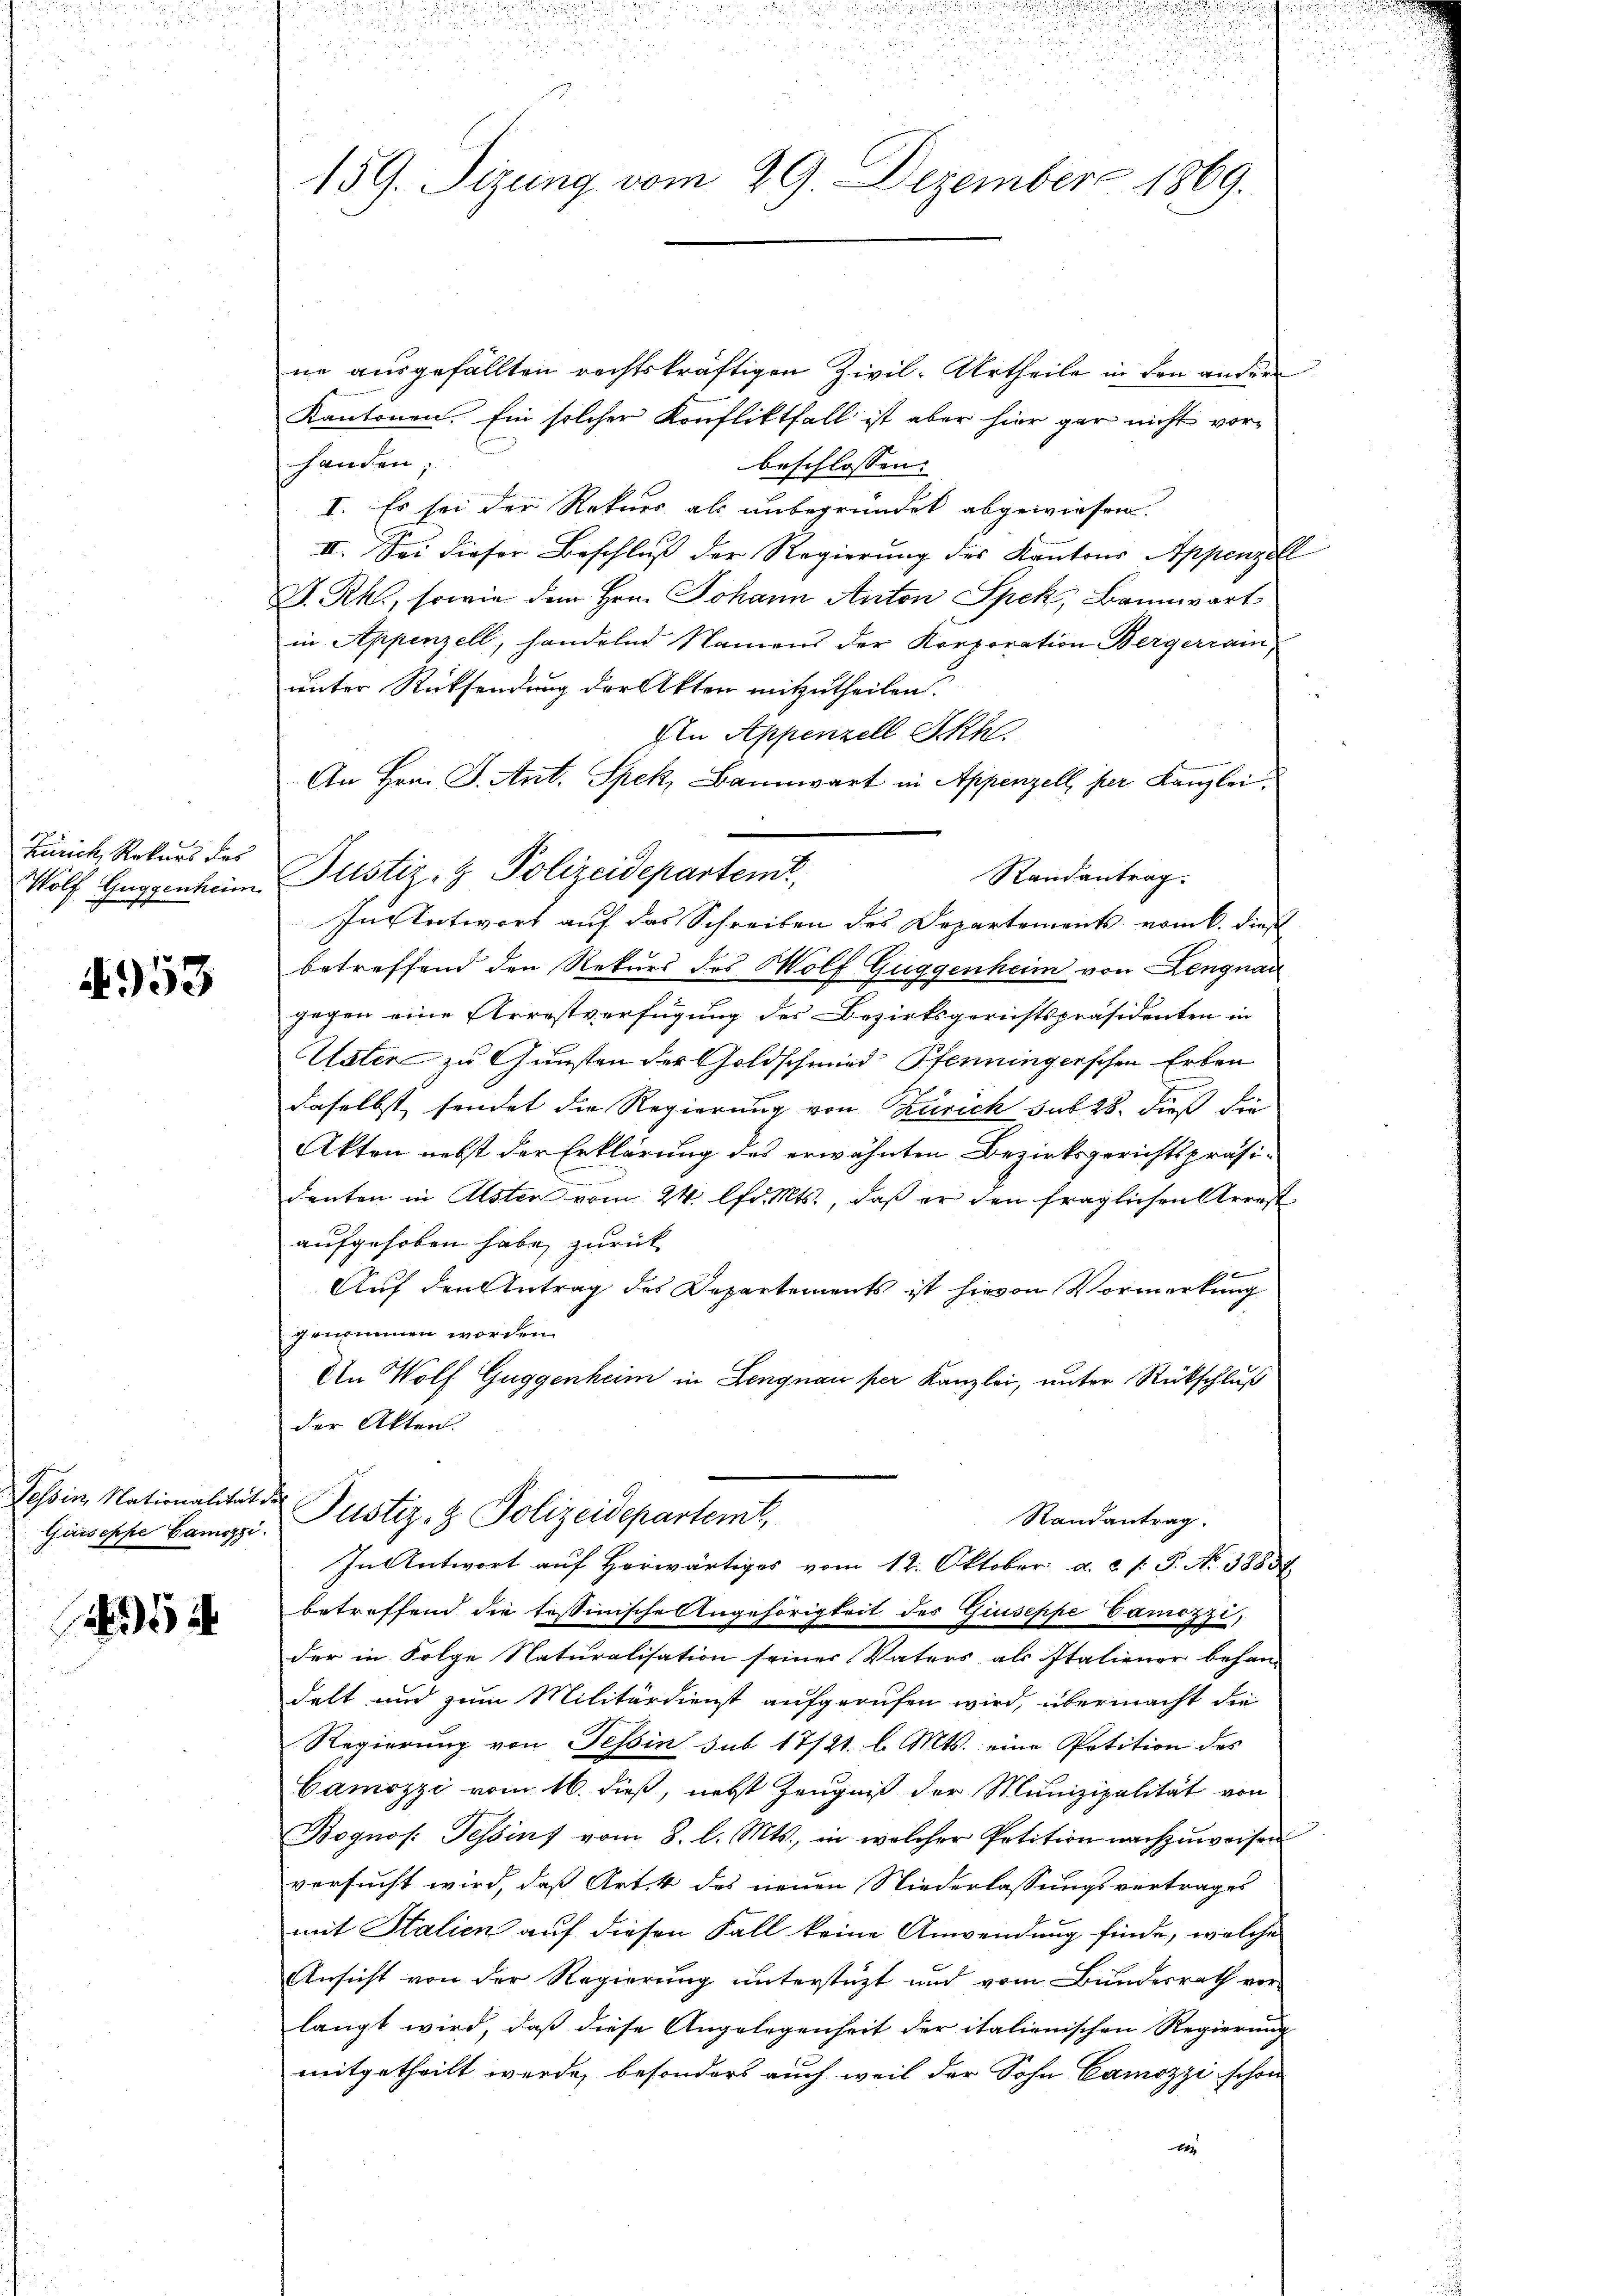
Zürich, Rekurs des

4958

Guiseppe Camszzi.

ne ausgefällten rechtskräftigen Zivil-Urtheile in den ander
Kantonen. Ein solcher Konfliktfall ist aber hier gar nicht vorhanden;
beschlossen: |
I. Es sei der Rekurs als unbegründet abgewiesen.
II. Sei dieser Beschluß der Regierung des Kantons Appenzell
D.Rh., sowie dem Hrn. Johann Anton Spek, Bannwart
in Appenzell, handelnd Namens der Korporation Bergerrain,
unter Rücksendung der Akten mitzutheilen.
In Appenzell I.Rh.
An Hrn. J. Ant. Spek, Bannwart in Appenzell, per Kanzlei.
Randantrag.
Wolf Guggenheim Justiz- & Polizeidepartem
In Antwort auf das Schreiben des Departements vom 6. dies
betreffend den Rekurs des Wolf Guggenheim von Lengnau
gegen eine Arrestverfügung des Bezirksgerichtspräsidenten in
Paten zu Gunsten der Goldschmied Pfenningerschen Erben
e
daselbst sendet die Regierung von Zürich sub 28. dieß die
Akten nebst der Erklärung des erwähnten Bezirksgerichtspräsidenten in Alsten vom 24. lfd. Mts., daß er den fraglichen Arerst
aufgehoben habe, zurück
Auf den Antrag des Departements ist hievon Vormerkung
genommen worden.
Un Wolf Guggenheim in Lengnau per Kanzlei, unter Rückschluß
der Akten.
Tessin, Nationalität der Justiz- & Polizeidepartemt,
Randantrag.
In Antwort auf Horwärtiges vom 12. Oktober a. c. f. P. N. 38837.
betreffend die testinische Angehörigkeit des Giuseppe Camozzi,
der in Folge Naturalisation seiner Vaters als Italiener behan-
delt und zum Militärdienst aufgerufen wird, übermacht die
Regierung von Tessin sub 17/21. l. Mts. eine Petition des
Camozzi vom 16. dieß, nebst Zeugniß der Munizipalität von
Bognos. Tessin vom 8. l. Mts., in welcher Petition nachzuweisen
versucht wird, daß Art. 4 des neuen Niederlassungsvertrages
mit Stalien auf diesen Fall keine Anwendung finde, welche
Ansicht von der Regierung unterstüzt und vom Bundesrath vor
langt wird, daß diese Angelegenheit der italienischen Regierung
mitgetheilt werde, besonders auch weil der Sohn Camozzi schon
b

e

159. Sizung vom 29. Dezember 1869.

n
u

.

u